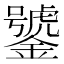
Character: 𲇦